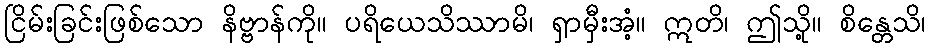
ငြိမ်းခြင်းဖြစ်သော နိဗ္ဗာန်ကို။ ပရိယေသိဿာမိ၊ ရှာမှီးအံ့။ ဣတိ၊ ဤသို့။ စိန္တေသိ၊